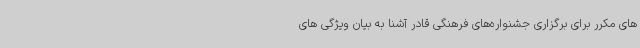
های مکرر برای برگزاری جشنواره‌های فرهنگی قادر آشنا به بیان ویژگی های